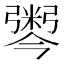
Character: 𢐫